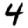
Digit: 4